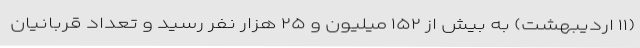
(۱۱ اردیبهشت) به بیش از ۱۵۲ میلیون و ۲۵ هزار نفر رسید و تعداد قربانیان